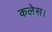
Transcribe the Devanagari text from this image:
कलेस।